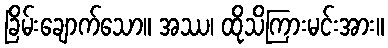
ခြိမ်းချောက်သော။ အဿ၊ ထိုသိကြားမင်းအား။